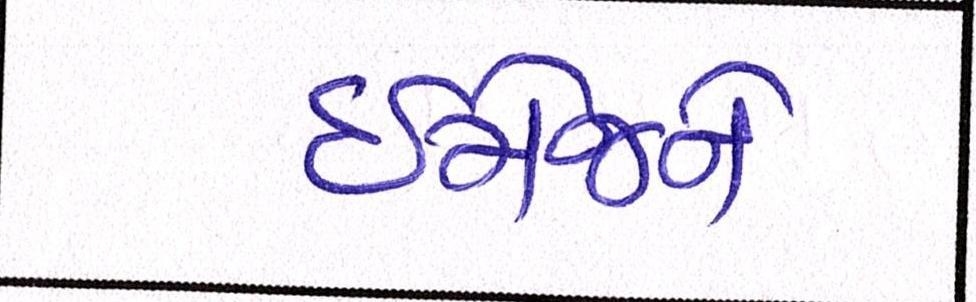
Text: ઈમેજને